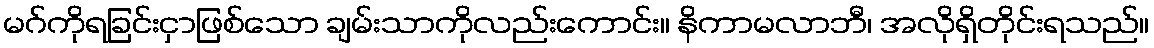
မဂ်ကိုရခြင်းငှာဖြစ်သော ချမ်းသာကိုလည်းကောင်း။ နိကာမလာဘီ၊ အလိုရှိတိုင်းရသည်။